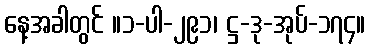
နေ့အခါတွင် ။၁-ပါ-၂၉၁၊ ဋ္ဌ-ဒု-အုပ်-၁၇၄။